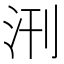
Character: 𭯿